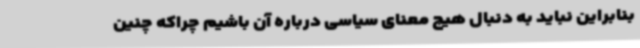
بنابراین نباید به دنبال هیچ معنای سیاسی درباره آن باشیم چراکه چنین